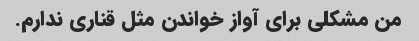
من مشکلی برای آواز خواندن مثل قناری ندارم.